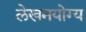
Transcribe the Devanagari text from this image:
लेखनयोग्य